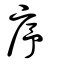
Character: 序